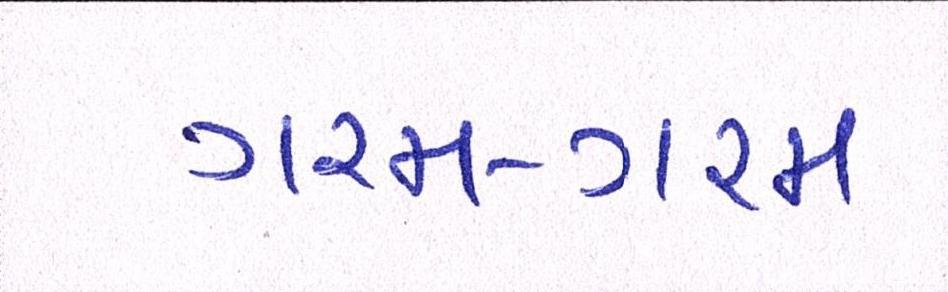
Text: ગરમ-ગરમ